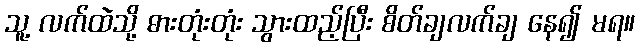
သူ့ လက်ထဲသို့ ဓားတုံးတုံး သွားထည့်ပြီး စိတ်ချလက်ချ နေ၍ မရ။